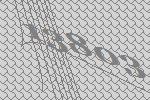
13803